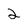
Character: 2